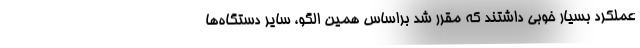
عملکرد بسیار خوبی داشتند که مقرر شد براساس همین الگو، سایر دستگاه‌ها